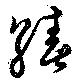
績